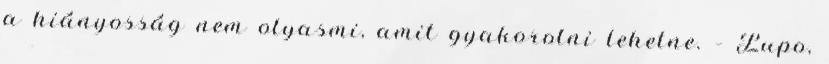
a hiányosság nem olyasmi, amit gyakorolni lehetne. – Lupo,